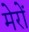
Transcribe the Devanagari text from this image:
मेरों